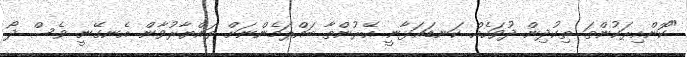
"ކޮންއިރަކުންތަ ތިކުދިން ދުވަހެއް ކަނޑައަޅާނީ އޭރުންތާ ބައްޕަމެންނަށް ތައްޔާރުވާން އެނގޭނީ ވެސް ދޯ